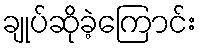
ချုပ်ဆိုခဲ့ကြောင်း